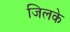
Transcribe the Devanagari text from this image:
जिलके